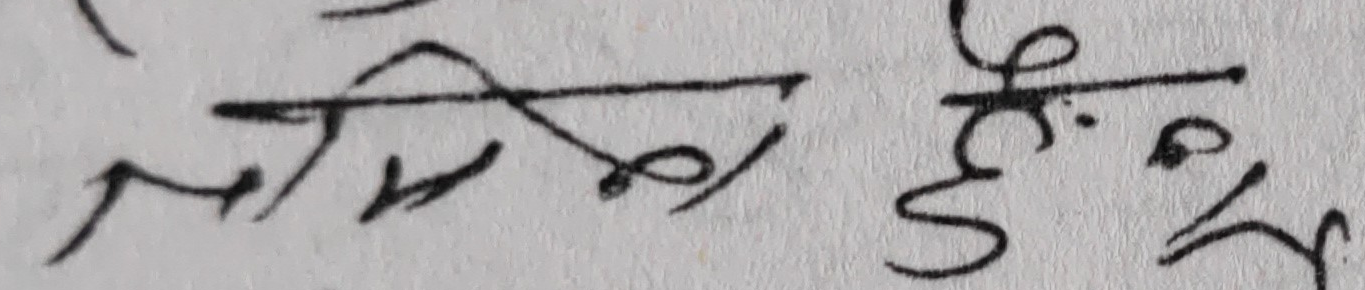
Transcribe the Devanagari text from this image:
लागि होईन